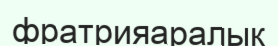
фратрияаралық